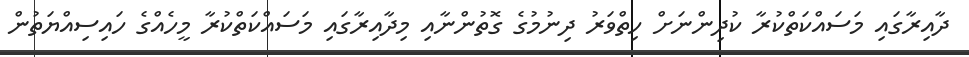
ދާއިރާގައި މަސައްކަތްކުރާ ކުދިންނަށް ހިތްވަރު ދިނުމުގެ ގޮތުންނާއި މިދާއިރާގައި މަސައްކަތްކުރާ މީހެއްގެ ހައިސިއްޔަތުން